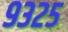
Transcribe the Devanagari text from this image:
९३२५